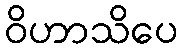
ဝိဟာသိပေ